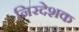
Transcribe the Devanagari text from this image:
निरदेशक